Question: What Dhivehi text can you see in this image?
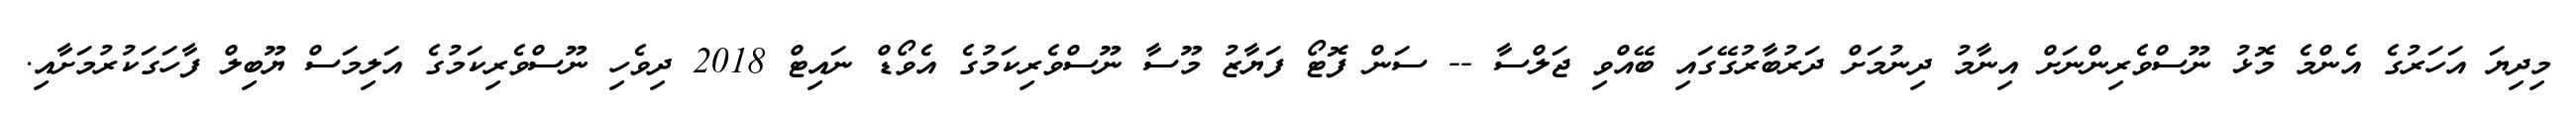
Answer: މިދިޔަ އަހަރުގެ އެންމެ މޮޅު ނޫސްވެރިންނަށް އިނާމު ދިނުމަށް ދަރުބާރުގޭގައި ބޭއްވި ޖަލްސާ -- ސަން ފޮޓޯ ފަޔާޒު މޫސާ ނޫސްވެރިކަމުގެ އެވޯޑް ނައިޓް 2018 ދިވެހި ނޫސްވެރިކަމުގެ އަލިމަސް ޔޫބިލް ފާހަގަކުރުމަށާއި.